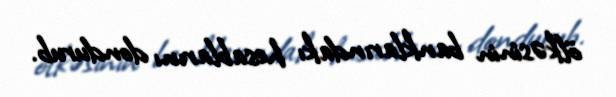
ölkəsinin banklarındakı hesablarını dondurub.